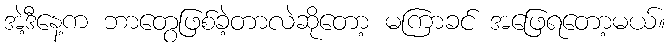
အဲ့ဒီနေ့က ဘာတွေဖြစ်ခဲ့တာလဲဆိုတော့ မကြာခင် အဖြေရတော့မယ်။